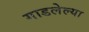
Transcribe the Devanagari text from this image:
गाडलेल्या